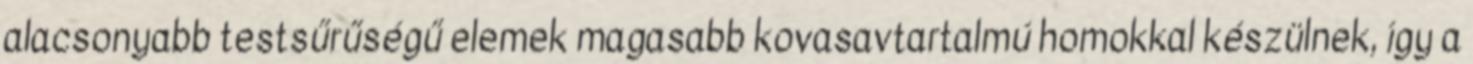
alacsonyabb testsűrűségű elemek magasabb kovasavtartalmú homokkal készülnek, így a